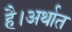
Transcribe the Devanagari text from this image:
है।अर्थात